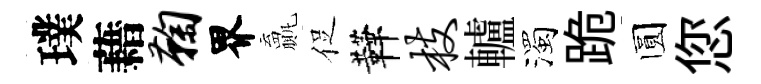
璞藉鞠界贏促鞾枝轤濁跪圆您